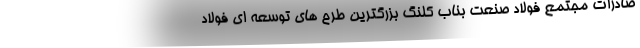
صادرات مجتمع فولاد صنعت بناب كلنگ بزرگترين طرح هاي توسعه اي فولاد